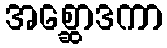
အစ္ဆောဒကာ